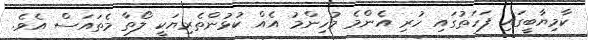
ކާމިޔާބީގައި ފަހަތުގައި ހުރި އެންމެ މުހިންމު އެއް ކުޅުންތެރިޔަކީ ލޯތާ މެތައަސް އެވެ.